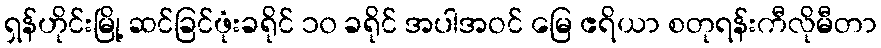
ရှန်ဟိုင်းမြို့ ဆင်ခြင်ဖုံးခရိုင် ၁၀ ခရိုင် အပါအဝင် မြေ ဧရိယာ စတုရန်းကီလိုမီတာ